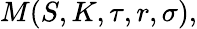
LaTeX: M(S,K,\tau,r,\sigma),